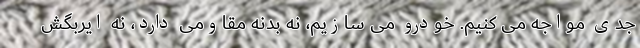
جدی مواجه می کنیم. خودرو می سازیم، نه بدنه مقاومی دارد، نه ایربگش